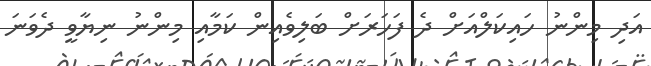
އަދި މިންނު ހައިކަލްއަށް ދެ ފަހަރަށް ބަލިވެއިން ކަމާއި މިންނު ނިޔާވީ ދެވަނަ